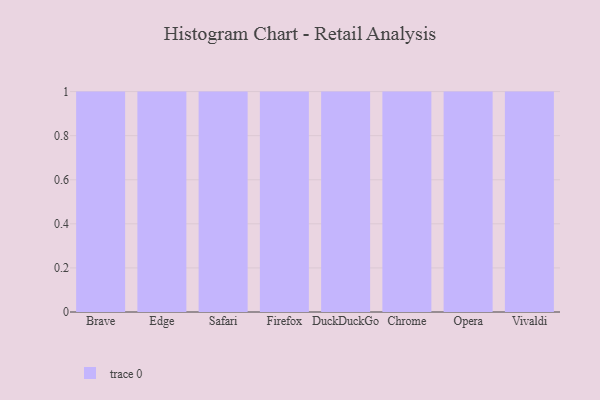
{"axis": {"x": "Browser", "y": "Website Visitors"}, "legend": [""], "data": [{"x": "Brave", "y": 90, "type": ""}, {"x": "Edge", "y": 38, "type": ""}, {"x": "Safari", "y": 57, "type": ""}, {"x": "Firefox", "y": 8, "type": ""}, {"x": "DuckDuckGo", "y": 42, "type": ""}, {"x": "Chrome", "y": 86, "type": ""}, {"x": "Opera", "y": 35, "type": ""}, {"x": "Vivaldi", "y": 89, "type": ""}]}